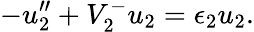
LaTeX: -u_{2}^{\prime\prime}+V_{2}^{-}u_{2}=\epsilon_{2}u_{2}.